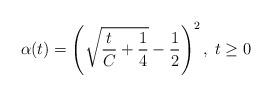
LaTeX: \begin{align*}\alpha(t) = \left ( \sqrt{\frac{t}{C} + \frac{1}{4}} - \frac{1}{2}\right)^2, \; t \ge 0\end{align*}